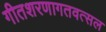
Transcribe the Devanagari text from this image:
गीतशरणागतवत्सल